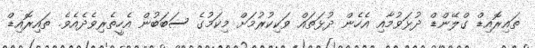
ތައިރޮއިޑް ގްލޭންޑް ދުޅަވުމާއި އެހެން ދުޅަތައް ވަކިކުރުމަށް މިކަމުގެ ސަބަބުން އެހީތެރިވެދެއެވެ. ތައިރޮއިޑް